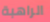
الراهبة